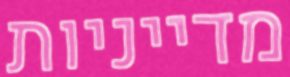
מדייניות